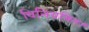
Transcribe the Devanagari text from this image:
विनियमित।